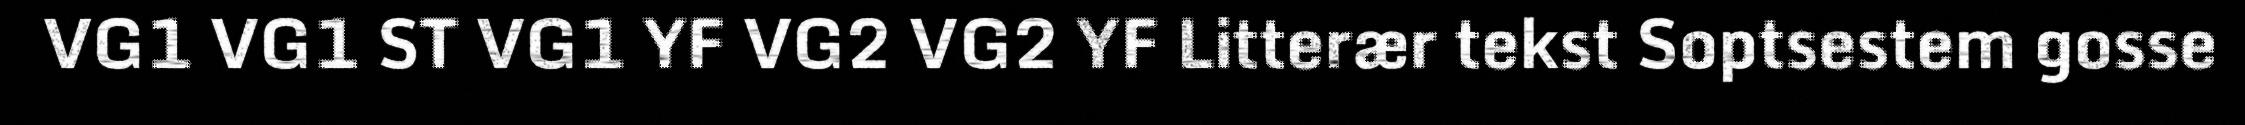
VG1 VG1 ST VG1 YF VG2 VG2 YF Litterær tekst Soptsestem gosse